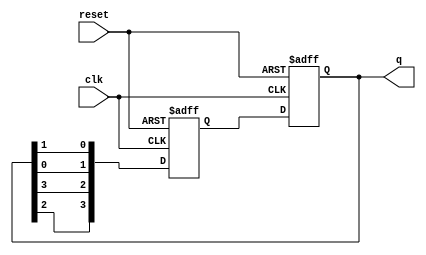
module johnson_counter(
    input clk,
    input reset,
    output reg [3:0] q
);

// internal signals
reg [3:0] d;

always @(posedge clk or posedge reset) begin
    if (reset) begin
        q <= 4'b0001;
        d <= 4'b0001;
    end else begin
        d <= {q[2], q[3], q[0], q[1]};
        q <= d;
    end
end

endmodule